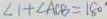
\angle 1 + \angle A C B = 1 8 0 ^ { \circ }